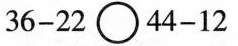
$$3 6 - 2 2 \circ 4 4 - 1 2$$